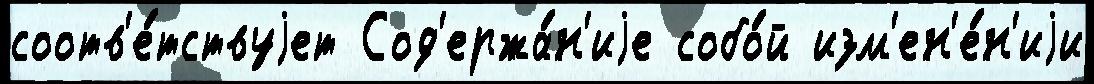
соотв'е́тствуjет Сод'ержа́н'иjе собо́й изм'ен'е́н'иjи